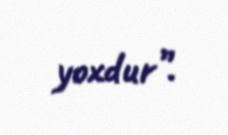
yoxdur”.